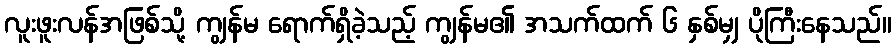
လူးဖူးလန်အဖြစ်သို့ ကျွန်မ ရောက်ရှိခဲ့သည့် ကျွန်မ၏ အသက်ထက် ၆ နှစ်မျှ ပိုကြီးနေသည်။